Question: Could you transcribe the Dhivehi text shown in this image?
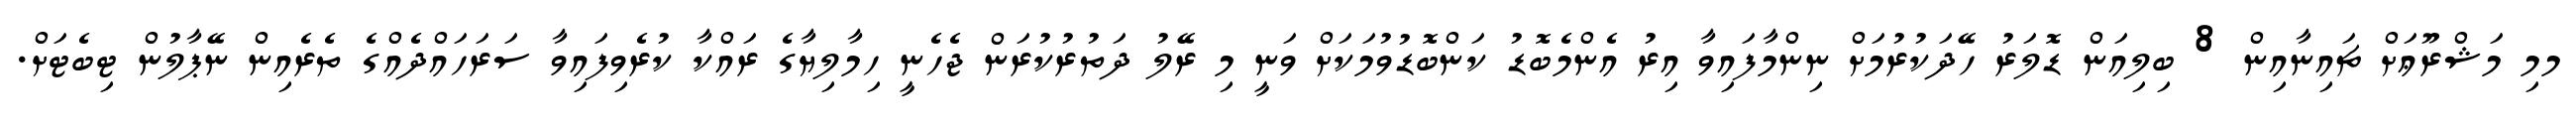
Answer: މމި މަޝްރޫޢަށް ޗައިނާއިން 8 ބިލިއަން ޑޮލަރު ހޭދަކުރުމަށް ނިންމާފައިވާ އިރު އެންމެބޮޑު ކަންބޮޑުވުމަކަށް ވަނީ މި ރޭލު ދަތުރުކުރަން ޖެހެނީ ހިމާލިޔާގެ ރައްކާ ކުރެވިފައިވާ ސަރަހައްދެއްގެ ތެރެއިން ނޭޕާލުން ޓިބެޓަށް.